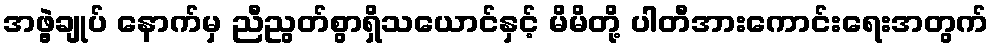
အဖွဲ့ချုပ် နောက်မှ ညီညွတ်စွာရှိသယောင်နှင့် မိမိတို့ ပါတီအားကောင်းရေးအတွက်